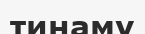
тинаму